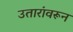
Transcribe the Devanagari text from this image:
उतारांवरून